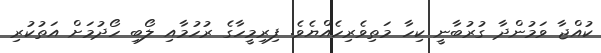
ކުއްޖާ ވަމުންދާ ގުރުބާނީ ކިހާ މަތިވެރިހެއްޔެވެ. ފިރިމީހާގެ ރުހުމާއި ލޯބި ހޯދުމަށް އަތުކުރި